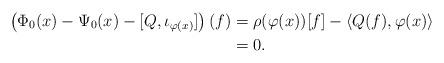
LaTeX: \begin{align*} \left(\Phi_0(x)-\Psi_0(x)-[Q,\iota_{\varphi(x)}]\right)(f)&=\rho(\varphi(x))[f]-\langle Q(f),\varphi(x)\rangle\\&=0. \end{align*}